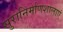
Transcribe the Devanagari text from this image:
सुरानिर्माणशालाएं